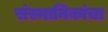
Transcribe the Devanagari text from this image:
संस्थानिकांचा